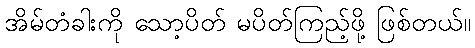
အိမ်တံခါးကို သော့ပိတ် မပိတ်ကြည့်ဖို့ ဖြစ်တယ်။